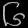
Digit: ၆